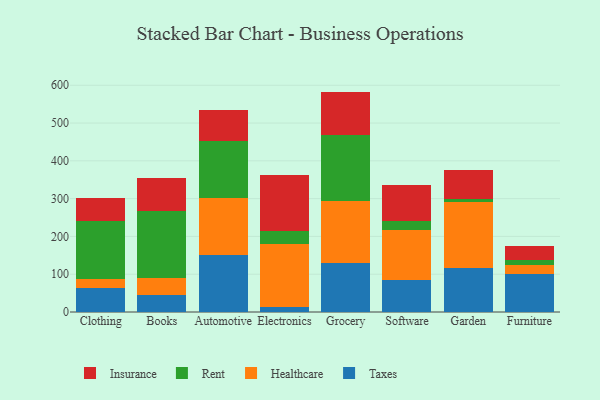
{"axis": {"x": "Category", "y": "Waste Production (Tons)"}, "legend": ["Healthcare", "Insurance", "Rent", "Taxes"], "data": [{"x": "Clothing", "y": 64.1, "type": "Taxes"}, {"x": "Clothing", "y": 23.4, "type": "Healthcare"}, {"x": "Clothing", "y": 152.5, "type": "Rent"}, {"x": "Clothing", "y": 61.1, "type": "Insurance"}, {"x": "Books", "y": 43.8, "type": "Taxes"}, {"x": "Books", "y": 47.4, "type": "Healthcare"}, {"x": "Books", "y": 175.1, "type": "Rent"}, {"x": "Books", "y": 89.3, "type": "Insurance"}, {"x": "Automotive", "y": 150.5, "type": "Taxes"}, {"x": "Automotive", "y": 152.0, "type": "Healthcare"}, {"x": "Automotive", "y": 149.7, "type": "Rent"}, {"x": "Automotive", "y": 83.2, "type": "Insurance"}, {"x": "Electronics", "y": 14.4, "type": "Taxes"}, {"x": "Electronics", "y": 164.7, "type": "Healthcare"}, {"x": "Electronics", "y": 35.1, "type": "Rent"}, {"x": "Electronics", "y": 148.8, "type": "Insurance"}, {"x": "Grocery", "y": 128.9, "type": "Taxes"}, {"x": "Grocery", "y": 163.6, "type": "Healthcare"}, {"x": "Grocery", "y": 176.0, "type": "Rent"}, {"x": "Grocery", "y": 114.7, "type": "Insurance"}, {"x": "Software", "y": 83.6, "type": "Taxes"}, {"x": "Software", "y": 132.8, "type": "Healthcare"}, {"x": "Software", "y": 23.9, "type": "Rent"}, {"x": "Software", "y": 94.8, "type": "Insurance"}, {"x": "Garden", "y": 116.7, "type": "Taxes"}, {"x": "Garden", "y": 174.2, "type": "Healthcare"}, {"x": "Garden", "y": 7.5, "type": "Rent"}, {"x": "Garden", "y": 77.6, "type": "Insurance"}, {"x": "Furniture", "y": 100.6, "type": "Taxes"}, {"x": "Furniture", "y": 25.1, "type": "Healthcare"}, {"x": "Furniture", "y": 12.0, "type": "Rent"}, {"x": "Furniture", "y": 37.4, "type": "Insurance"}]}